Statistical return of the lunatic asylum in Assam - 1912-1932
Year: 1912
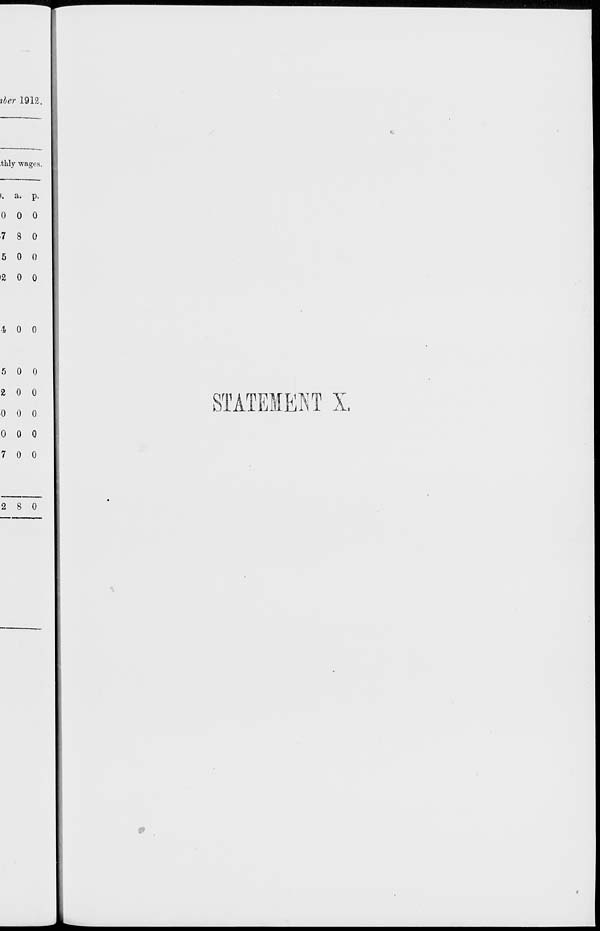
tier 1912.
.thly •wages.
!. a. p.
0 0 0
7 8 0
5 0 0
i2 0 0
•10 0
5 0 0
2 0 0
0 0 0
0 0 0
7 0 0
STATEMENT X.
2 8 0